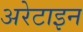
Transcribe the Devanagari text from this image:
अरेटाइन